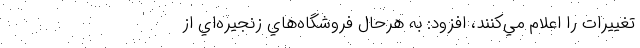
تغييرات را اعلام مي‌كنند، افزود: به هرحال فروشگاه‌هاي زنجيره‌اي از